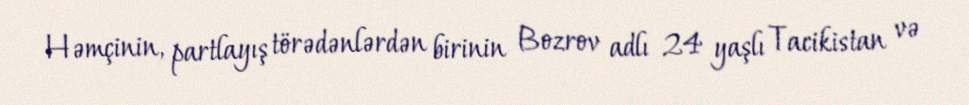
Həmçinin, partlayış törədənlərdən birinin Bozrov adlı 24 yaşlı Tacikistan və